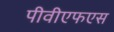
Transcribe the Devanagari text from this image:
पीवीएफएस